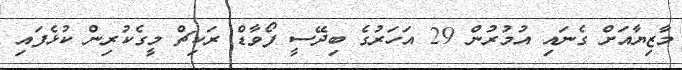
މާޒިޔާއަށް ގެނައި އުމުރުން 29 އަހަރުގެ ބިދޭސީ ފޯވާޑް ރަކިޗް މީގެކުރިން ކުޅެފައި